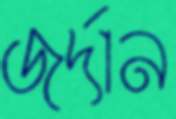
জর্দান